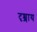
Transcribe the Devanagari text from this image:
दृश्शाय